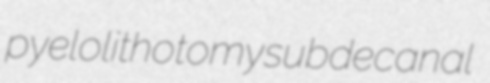
pyelolithotomy subdecanal